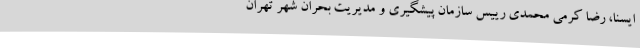
ایسنا، رضا کرمی محمدی رییس سازمان پیشگیری و مدیریت بحران شهر تهران